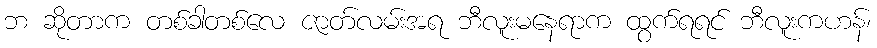
ဘ ဆိုတာက တစ်ခါတစ်လေ ဇာတ်လမ်းအရ ဘီလူးမနေရာက ထွက်ရရင် ဘီလူးကဟန်၊